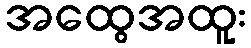
အထွေအထူး